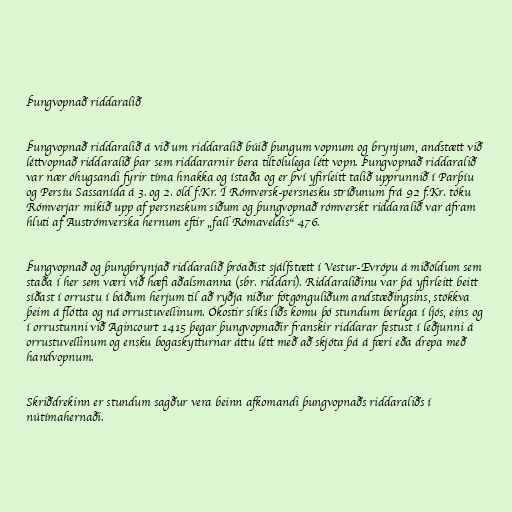
Þungvopnað riddaralið

Þungvopnað riddaralið á við um riddaralið búið þungum vopnum og brynjum, andstætt við
léttvopnað riddaralið þar sem riddararnir bera tiltölulega létt vopn. Þungvopnað riddaralið
var nær óhugsandi fyrir tíma hnakka og ístaða og er því yfirleitt talið upprunnið í Parþíu
og Persíu Sassanída á 3. og 2. öld f.Kr. Í Rómversk-persnesku stríðunum frá 92 f.Kr. tóku
Rómverjar mikið upp af persneskum siðum og þungvopnað rómverskt riddaralið var áfram
hluti af Austrómverska hernum eftir „fall Rómaveldis“ 476.

Þungvopnað og þungbrynjað riddaralið þróaðist sjálfstætt í Vestur-Evrópu á miðöldum sem
staða í her sem væri við hæfi aðalsmanna (sbr. riddari). Riddaraliðinu var þá yfirleitt beitt
síðast í orrustu í báðum herjum til að ryðja niður fótgönguliðum andstæðingsins, stökkva
þeim á flótta og ná orrustuvellinum. Ókostir slíks liðs komu þó stundum berlega í ljós, eins og
í orrustunni við Agincourt 1415 þegar þungvopnaðir franskir riddarar festust í leðjunni á
orrustuvellinum og ensku bogaskytturnar áttu létt með að skjóta þá á færi eða drepa með
handvopnum.

Skriðdrekinn er stundum sagður vera beinn afkomandi þungvopnaðs riddaraliðs í
nútímahernaði.